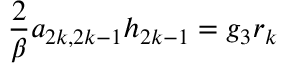
\frac { 2 } { \beta } a _ { 2 k , 2 k - 1 } h _ { 2 k - 1 } = g _ { 3 } r _ { k }